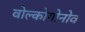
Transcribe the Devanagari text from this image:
वोल्कोगोनोव